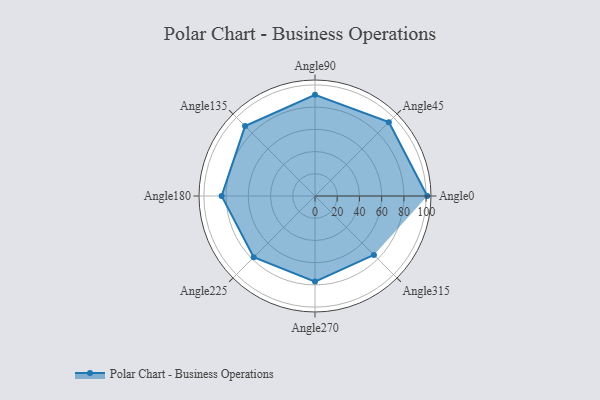
{"axis": {"x": "Angle", "y": "Radius"}, "legend": [""], "data": [{"x": "Angle0", "y": 101.0, "type": ""}, {"x": "Angle45", "y": 94.0, "type": ""}, {"x": "Angle90", "y": 91.0, "type": ""}, {"x": "Angle135", "y": 89.0, "type": ""}, {"x": "Angle180", "y": 84.0, "type": ""}, {"x": "Angle225", "y": 78.0, "type": ""}, {"x": "Angle270", "y": 77.0, "type": ""}, {"x": "Angle315", "y": 75.0, "type": ""}]}